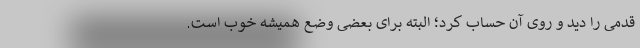
قدمی را دید و روی آن حساب کرد؛ البته برای بعضی وضع همیشه خوب است.